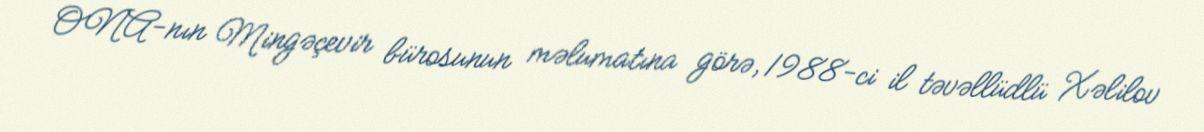
ONA-nın Mingəçevir bürosunun məlumatına görə, 1988-ci il təvəllüdlü Xəlilov